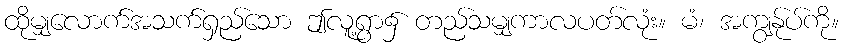
ထိုမျှလောက်အသက်ရှည်သော ဤလူ့ရွာ၌ တည်သမျှကာလပတ်လုံး။ မံ၊ အကျွန်ုပ်ကို။